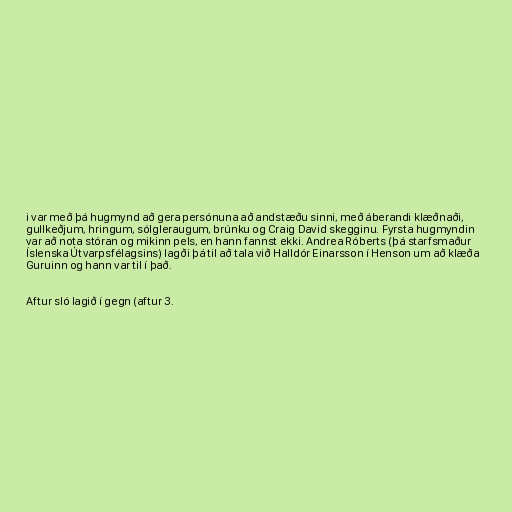
i var með þá hugmynd að gera persónuna að andstæðu sinni, með áberandi klæðnaði,
gullkeðjum, hringum, sólgleraugum, brúnku og Craig David skegginu. Fyrsta hugmyndin
var að nota stóran og mikinn pels, en hann fannst ekki. Andrea Róberts (þá starfsmaður
Íslenska Útvarpsfélagsins) lagði þá til að tala við Halldór Einarsson í Henson um að klæða
Guruinn og hann var til í það.

Aftur sló lagið í gegn (aftur 3.